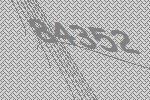
84352